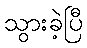
သွားခဲ့ပြီ